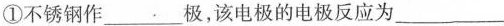
①不锈钢作___极，该电极的电极反应为___